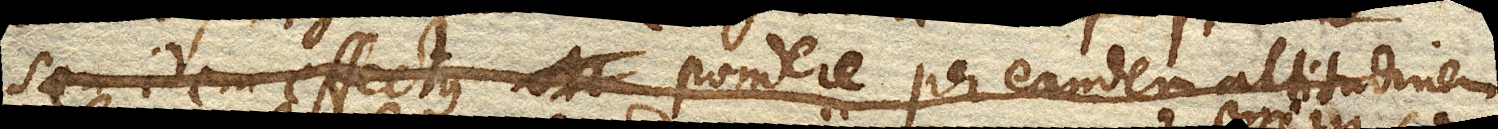
seu idem effectus pondere per eandem altitudinem